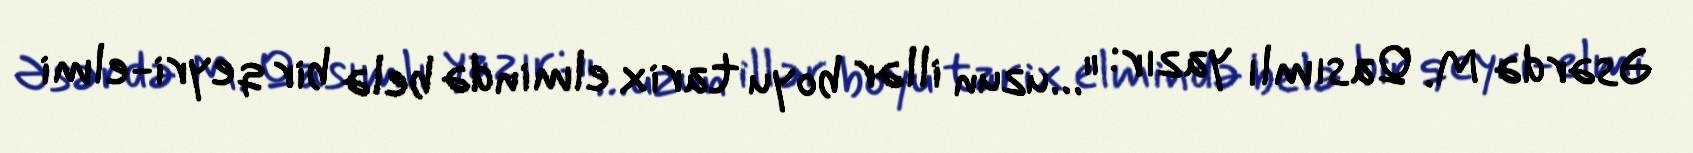
Əsərdə M. Qasımlı yazır: "…uzun illər boyu tarix elmində belə bir qeyri-elmi